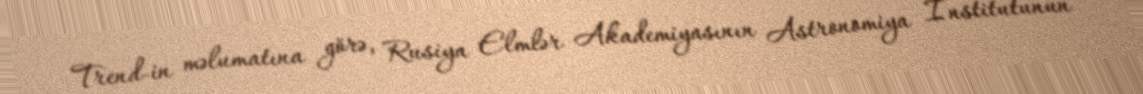
Trend-in məlumatına görə, Rusiya Elmlər Akademiyasının Astronomiya İnstitutunun